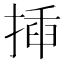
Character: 揷